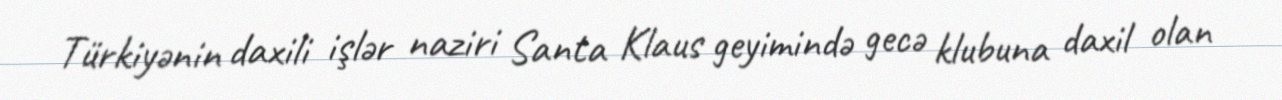
Türkiyənin daxili işlər naziri Santa Klaus geyimində gecə klubuna daxil olan